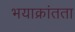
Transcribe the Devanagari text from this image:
भयाक्रांतता